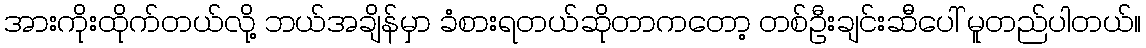
အားကိုးထိုက်တယ်လို့ ဘယ်အချိန်မှာ ခံစားရတယ်ဆိုတာကတော့ တစ်ဦးချင်းဆီပေါ် မူတည်ပါတယ်။